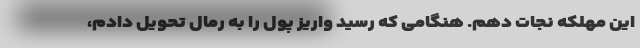
این مهلکه نجات دهم. هنگامی که رسید واریز پول را به رمال تحویل دادم،